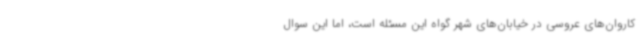
کاروان‌های عروسی در خیابان‌های شهر گواه این مسئله است، اما این سوال